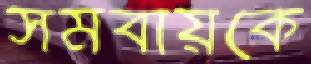
সমবায়কে